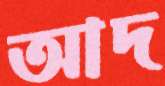
আদ